Vaccination United Provinces of Agra and Oudh 1923-1928 - 1923-1928
Year: 1923
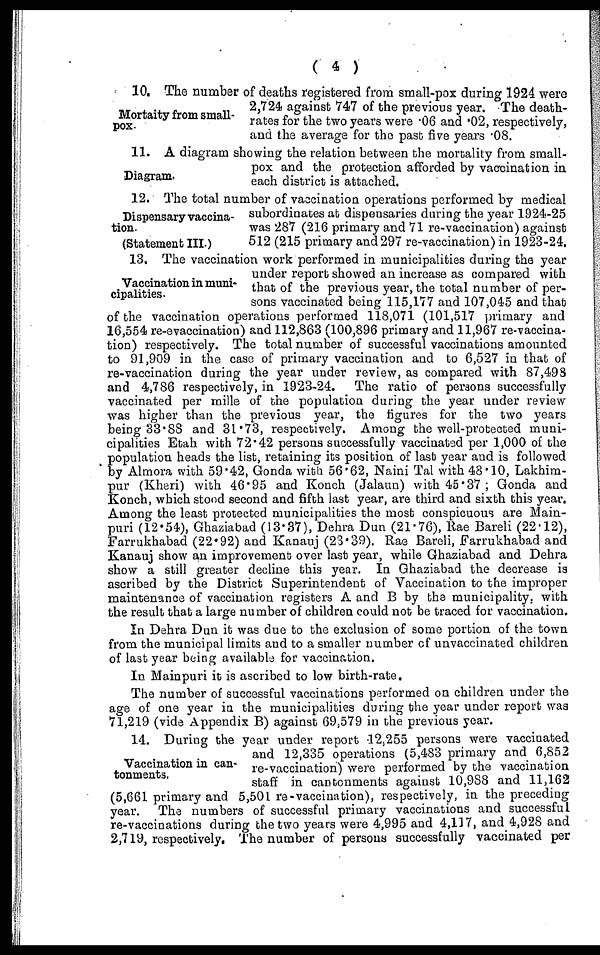
( 4 )
Mortaity from small-
pox.
10. The number of deaths registered from small-pox during 1924 were
2,724 against 747 of the previous year. The death-
rates for the two years were .06 and .02, respectively,
and the average for the past five years .08.
Diagram.
11. A diagram showing the relation between the mortality from small-
pox and the protection afforded by vaccination in
each district is attached.
Dispensary vaccina-
tion.
(Statement III.)
12. The total number of vaccination operations performed by medical
subordinates at dispensaries during the year 1924-25
was 287 (216 primary and 71 re-vaccination) against
512 (215 primary and 297 re-vaccination) in 1923-24.
Vaccination in muni-
cipalities.
13. The vaccination work performed in municipalities during the year
under report showed an increase as compared with
that of the previous year, the total number of per-
sons vaccinated being 115,177 and 107,045 and that
of the vaccination operations performed 118,071 (101,517 primary and
16,554 re-evaccination) and 112,863 (100,896 primary and 11,967 re-vaccina-
tion) respectively. The total number of successful vaccinations amounted
to 91,909 in the case of primary vaccination and to 6,527 in that of
re-vaccination during the year under review, as compared with 87,498
and 4,786 respectively, in 1923-24. The ratio of persons successfully
vaccinated per mille of the population during the year under review
was higher than the previous year, the figures for the two years
being 33.88 and 31.73, respectively. Among the well-protected muni-
cipalities Etah with 72.42 persons successfully vaccinated per 1,000 of the
population heads the list, retaining its position of last year and is followed
by Almora with 59.42, Gonda with 56.62, Naini Tal with 48.10, Lakhim¬
pur (Kheri) with 46.95 and Konch (Jalaun) with 45.37; Gonda and
Konch, which stood second and fifth last year, are third and sixth this year.
Among the least protected municipalities the most conspicuous are Main¬
puri (12.54), Ghaziabad (13.37), Dehra Dun (21.76), Rae Bareli (22.12),
Farrukhabad (22.92) and Kanauj (23.39). Rae Bareli, Farrukhabad and
Kanauj show an improvement over last year, while Ghaziabad and Dehra
show a still greater decline this year. In Ghaziabad the decrease is
ascribed by the District Superintendent of Vaccination to the improper
maintenance of vaccination registers A and B by the municipality, with
the result that a large number of children could not be traced for vaccination.
In Dehra Dun it was due to the exclusion of some portion of the town
from the municipal limits and to a smaller number of unvaccinated children
of last year being available for vaccination.
In Mainpuri it is ascribed to low birth-rate.
The number of successful vaccinations performed on children under the
age of one year in the municipalities during the year under report was
71,219 (vide Appendix B) against 69.579 in the previous year.
Vaccination in can-
tonments.
14. During the year under report 12,255 persons were vaccinated
and 12,335 operations (5,483 primary and 6,852
re-vaccination) were performed by the vaccination
staff in cantonments against 10,988 and 11,162
(5,661 primary and 5,501 re-vaccination), respectively, in the preceding
year. The numbers of successful primary vaccinations and successful
re-vaccinations during the two years were 4,995 and 4,117, and 4,928 and
2,719, respectively. The number of persons successfully vaccinated per